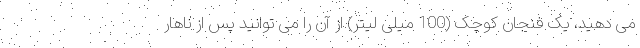
می دهید، یک فنجان کوچک (100 میلی لیتر) از آن را می توانید پس از ناهار